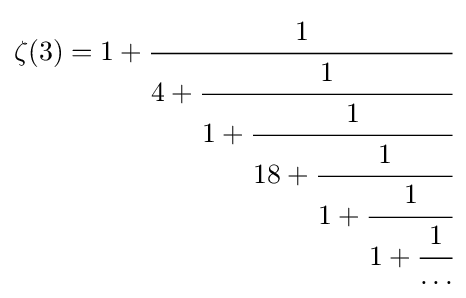
\zeta (3)=1+{\cfrac {1}{4+{\cfrac {1}{1+{\cfrac {1}{18+{\cfrac {1}{1+{\cfrac {1}{1+{\cfrac {1}{\dots }}}}}}}}}}}}